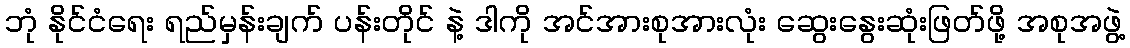
ဘုံ နိုင်ငံရေး ရည်မှန်းချက် ပန်းတိုင် နဲ့ ဒါကို အင်အားစုအားလုံး ဆွေးနွေးဆုံးဖြတ်ဖို့ အစုအဖွဲ့